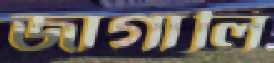
জাগালি